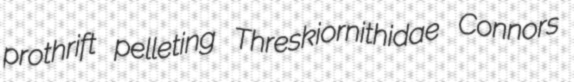
prothrift pelleting Threskiornithidae Connors